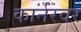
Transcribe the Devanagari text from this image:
कार्नरवर